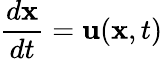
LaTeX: \frac{d\mathbf{x}}{dt}=\mathbf{u}(\mathbf{x},t)